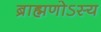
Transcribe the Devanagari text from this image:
ब्राह्मणोऽस्य